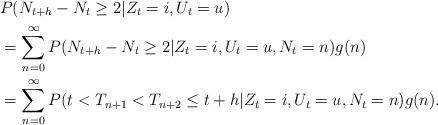
LaTeX: \begin{align*} &P(N_{t+h}-N_t\ge 2|Z_t = i,U_t=u)\\ &=\sum_{n=0}^\infty P(N_{t+h}-N_t\ge 2|Z_t = i,U_t=u,N_t=n)g(n)\\ &=\sum_{n=0}^\infty P(t<T_{n+1}<T_{n+2}\le t+h|Z_t = i,U_t=u,N_t=n)g(n).\end{align*}